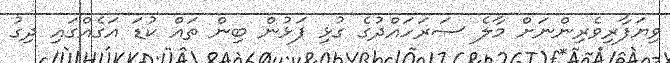
ވިޔަފާރިވެރިންނަށް މާލެ ސަރަހައްދުގެ ގުޅި ފަޅުން ބިން ތައް ކުޑަ އަގެއްގައި ދިގު